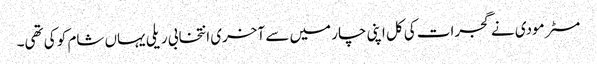
مسٹر مودی نے گجرات کی کل اپنی چار میں سے آخری انتخابی ریلی یہاں شام کو کی تھی۔